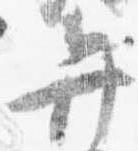
弁